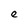
Character: e